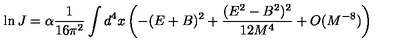
\ln J = \alpha \frac { 1 } { 1 6 \pi ^ { 2 } } \int d ^ { 4 } x \left( - ( E + B ) ^ { 2 } + \frac { ( E ^ { 2 } - B ^ { 2 } ) ^ { 2 } } { 1 2 M ^ { 4 } } + O ( M ^ { - 8 } ) \right)